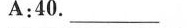
A:40. ___